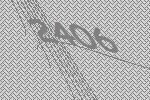
2406